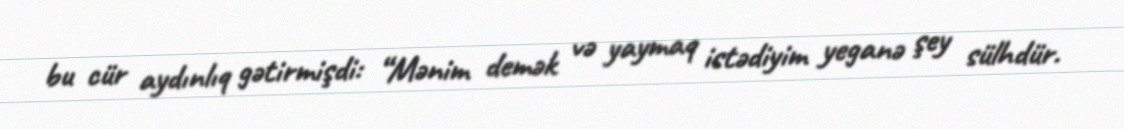
bu cür aydınlıq gətirmişdi: “Mənim demək və yaymaq istədiyim yeganə şey sülhdür.